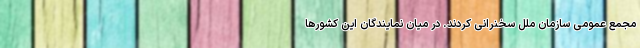
مجمع عمومی سازمان ملل سخنرانی کردند. در میان نمایندگان این کشورها